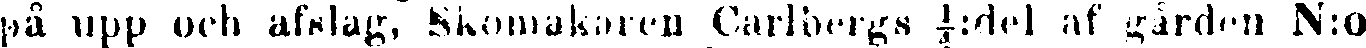
på upp och afslag, Skomakaren Carlbergs ¼:del af gården N:o